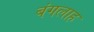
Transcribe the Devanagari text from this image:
बंगलाह